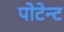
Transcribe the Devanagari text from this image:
पोटेन्ट